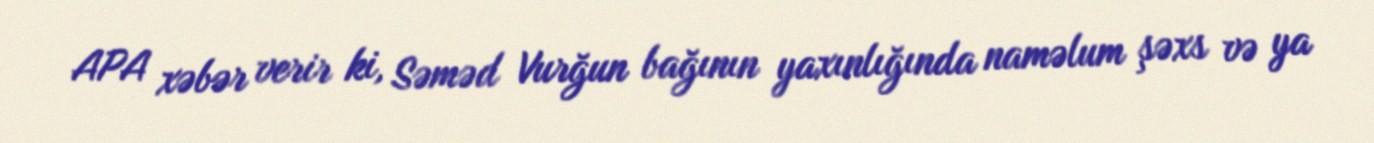
APA xəbər verir ki, Səməd Vurğun bağının yaxınlığında naməlum şəxs və ya